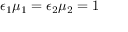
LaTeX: \epsilon _ { 1 } \mu _ { 1 } = \epsilon _ { 2 } \mu _ { 2 } = 1